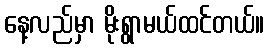
နေ့လည်မှာ မိုးရွာမယ်ထင်တယ်။